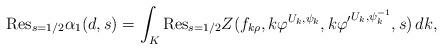
LaTeX: \begin{align*}&\mathrm{Res}_{s=1/2}\alpha_1(d,s)=\int_{K}\mathrm{Res}_{s=1/2}Z(f_{k\rho},k\varphi^{U_k,\psi_k},k{\varphi'}^{U_k,\psi_k^{-1}},s)\, dk,\end{align*}